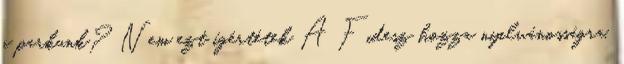
a parkunk? Nem ezt ígértétek A Fidesz hozza nyilvánosságra,